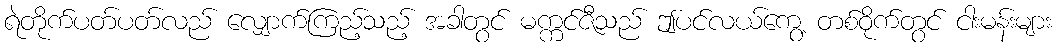
ရဲတိုက်ပတ်ပတ်လည် လျှောက်ကြည့်သည့် အခါတွင် မက္ကင်ဇီသည် ဤပင်လယ်ကွေ့ တစ်ဝိုက်တွင် ငါးမန်းများ